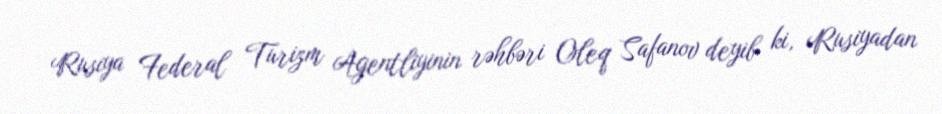
Rusiya Federal Turizm Agentliyinin rəhbəri Oleq Safanov deyib ki, Rusiyadan